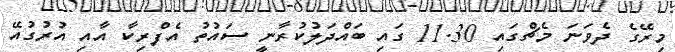
މިރޭގެ ދެވަނަ މެޗްގައި 11.30 ގައި ބައްދަލުކުރާނީ ސައުތު އެފްރިކާ އާއި އުރުގުއޭ